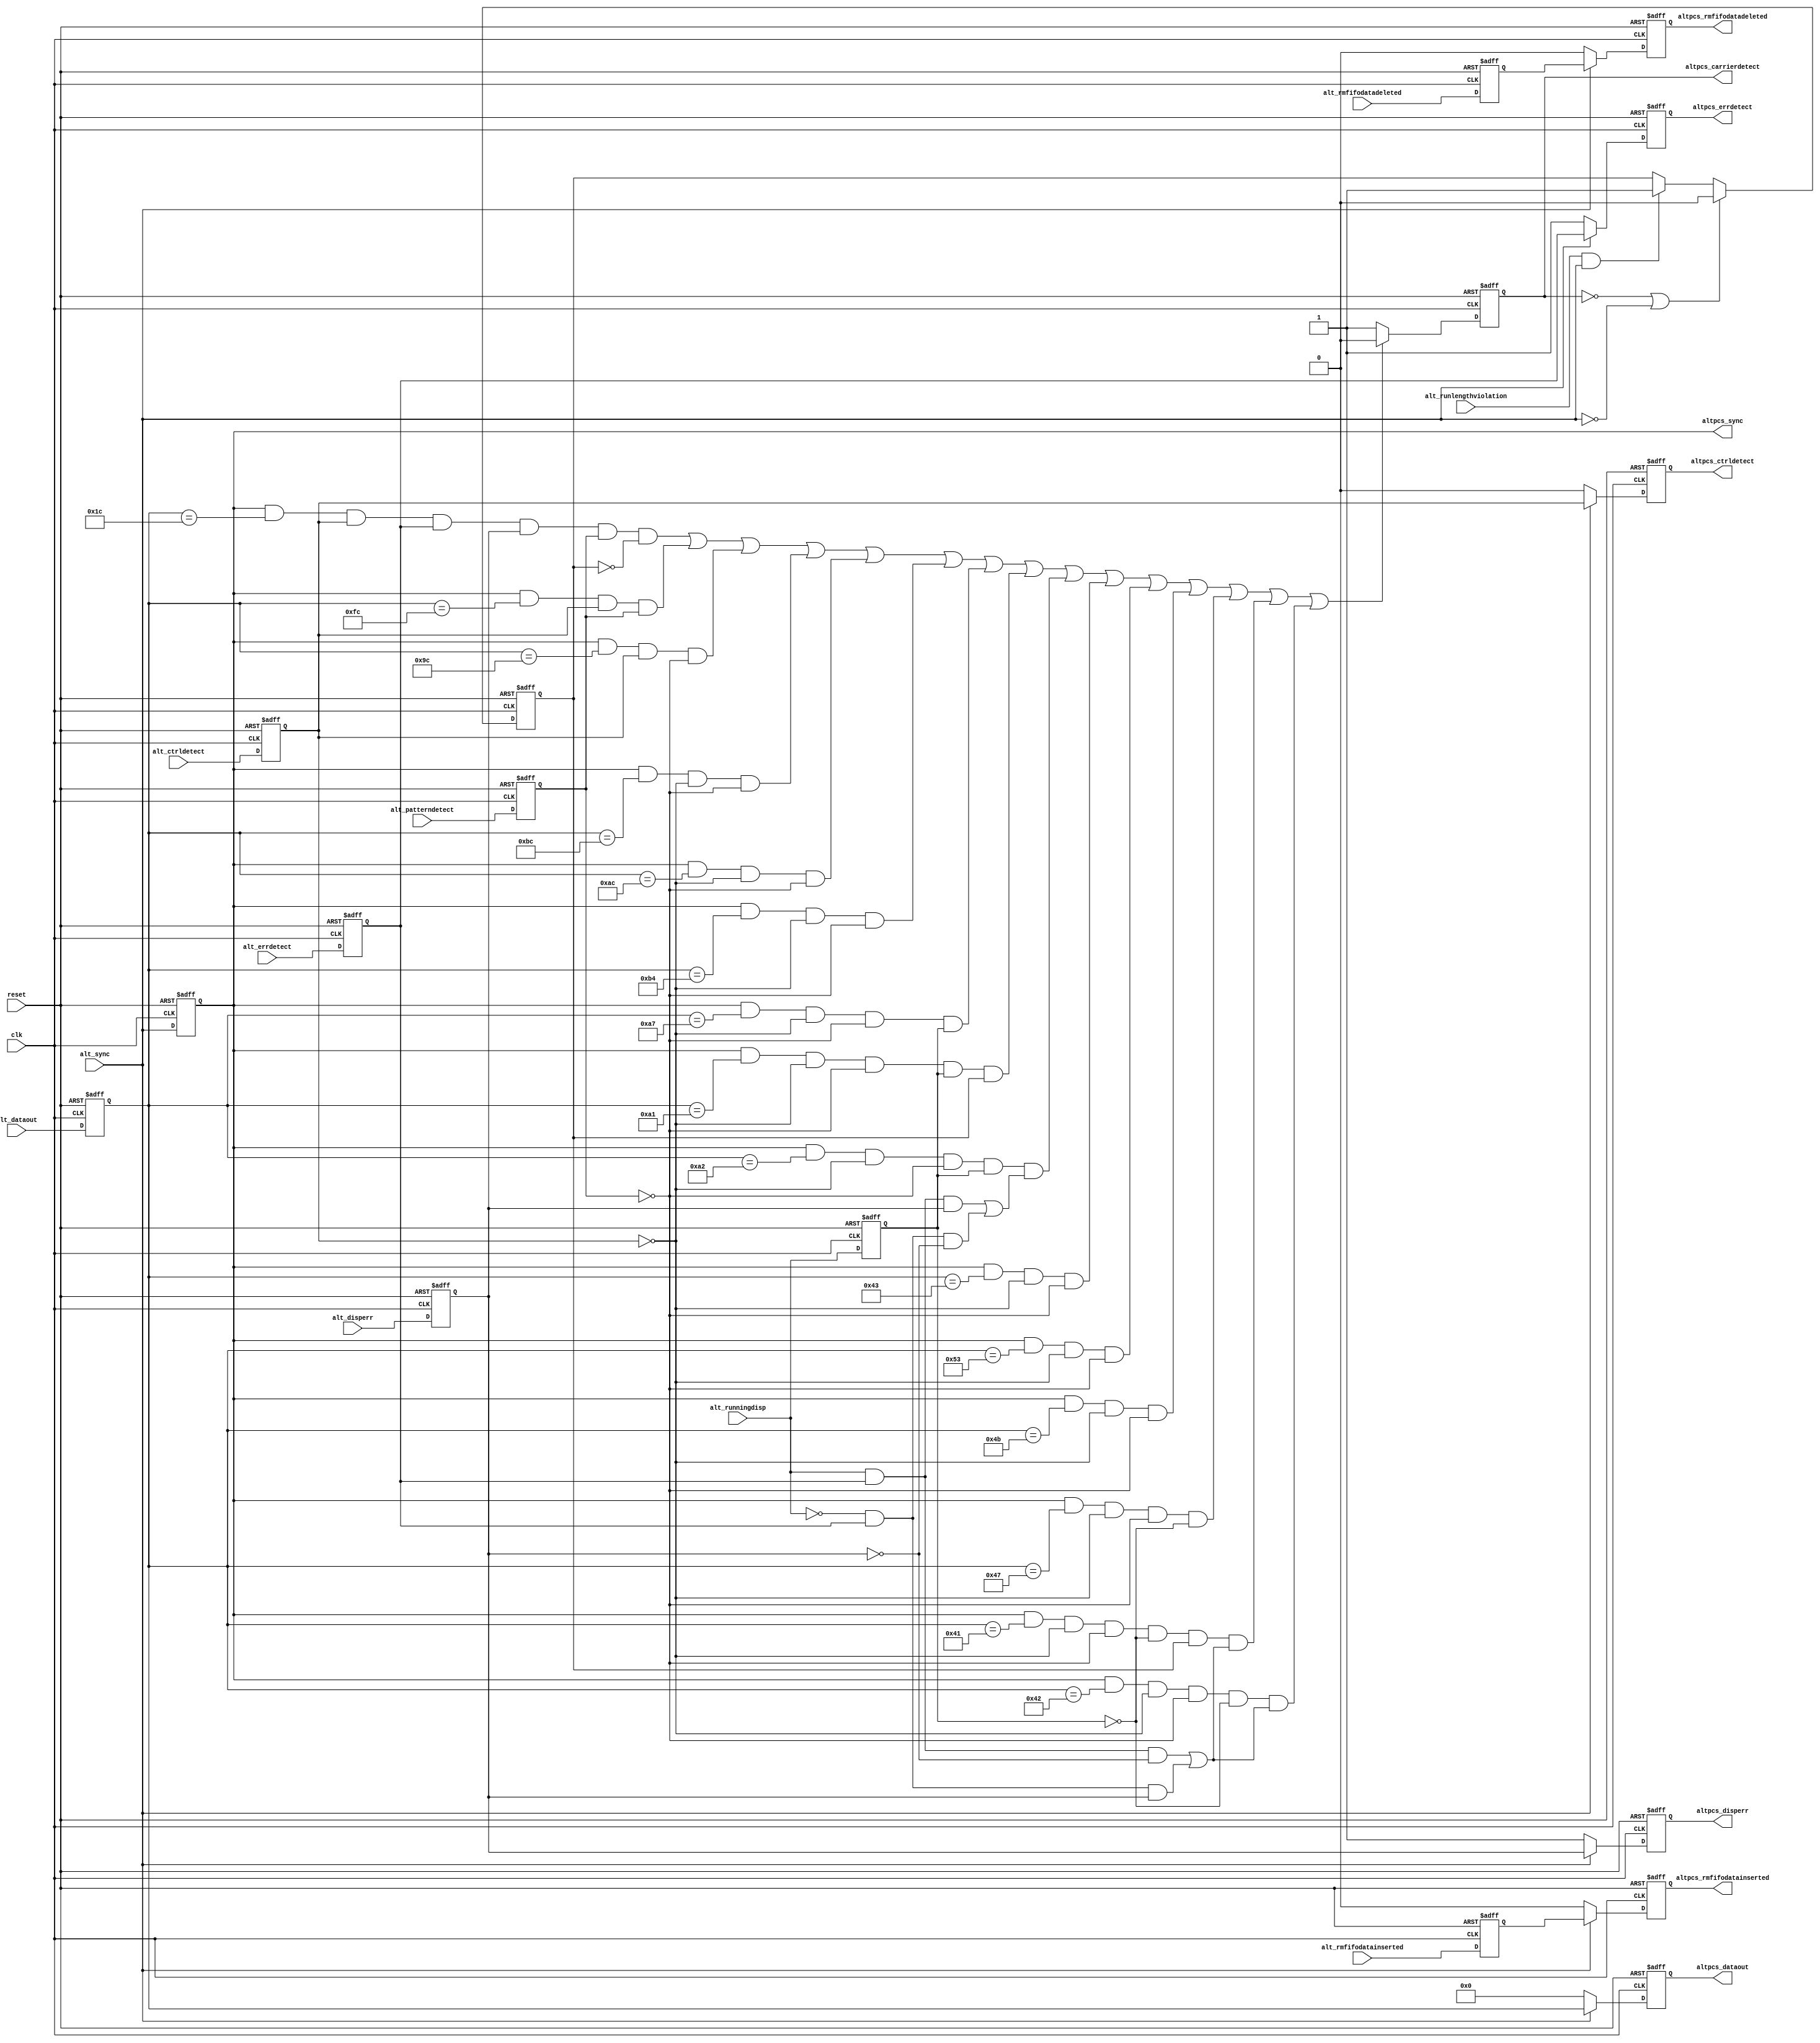
// -------------------------------------------------------------------------
// -------------------------------------------------------------------------
//
// Revision Control Information
//
// $RCSfile: altera_tse_alt2gxb_aligned_rxsync.v,v $
// $Source: /ipbu/cvs/sio/projects/TriSpeedEthernet/src/RTL/strxii_pcs/verilog/altera_tse_alt2gxb_aligned_rxsync.v,v $
//
// $Revision: #1 $
// $Date: 2010/01/07 $
// Check in by : $Author: max $
//
// Project     : Triple Speed Ethernet - 1000 BASE-X PCS
//
// Description : 
//
// RX_SYNC alignment for Alt2gxb, Alt4gxb

// 
// ALTERA Confidential and Proprietary
// Copyright 2007 (c) Altera Corporation
// All rights reserved
//
// -------------------------------------------------------------------------
// -------------------------------------------------------------------------

module altera_tse_gxb_aligned_rxsync (

  input clk,
  input reset,

  input [7:0] alt_dataout,
  input alt_sync,
  input alt_disperr,
  input alt_ctrldetect,
  input alt_errdetect,
  input alt_rmfifodatadeleted,
  input alt_rmfifodatainserted,
  input alt_runlengthviolation,
  input alt_patterndetect,
  input alt_runningdisp,

  output reg [7:0] altpcs_dataout,
  output altpcs_sync,
  output reg altpcs_disperr,
  output reg altpcs_ctrldetect,
  output reg altpcs_errdetect,
  output reg altpcs_rmfifodatadeleted,
  output reg altpcs_rmfifodatainserted,
  output reg altpcs_carrierdetect) ;
  parameter DEVICE_FAMILY         = "ARRIAGX";    //  The device family the the core is targetted for. 

  //-------------------------------------------------------------------------------
  // intermediate wires


  //reg altpcs_dataout

  // pipelined 1
  reg [7:0] alt_dataout_reg1;
  reg alt_sync_reg1;
  reg alt_sync_reg2;
  reg alt_disperr_reg1;
  reg alt_ctrldetect_reg1;
  reg alt_errdetect_reg1;
  reg alt_rmfifodatadeleted_reg1;
  reg alt_rmfifodatainserted_reg1;
  reg alt_patterndetect_reg1;
  reg alt_runningdisp_reg1;
  reg alt_runlengthviolation_latched;
  //-------------------------------------------------------------------------------


  always @(posedge reset or posedge clk)
    begin
        if (reset == 1'b1)
            begin
                // pipelined 1
                alt_dataout_reg1            <= 8'h0;
                alt_sync_reg1               <= 1'b0;
                alt_disperr_reg1            <= 1'b0;
                alt_ctrldetect_reg1         <= 1'b0;
                alt_errdetect_reg1          <= 1'b0;
                alt_rmfifodatadeleted_reg1  <= 1'b0;
                alt_rmfifodatainserted_reg1 <= 1'b0;
                alt_patterndetect_reg1      <= 1'b0;
                alt_runningdisp_reg1        <= 1'b0;
            end
        else
            begin
                // pipelined 1
                alt_dataout_reg1            <= alt_dataout;
                alt_sync_reg1               <= alt_sync;
                alt_disperr_reg1            <= alt_disperr;
                alt_ctrldetect_reg1         <= alt_ctrldetect;
                alt_errdetect_reg1          <= alt_errdetect;
                alt_rmfifodatadeleted_reg1  <= alt_rmfifodatadeleted;
                alt_rmfifodatainserted_reg1 <= alt_rmfifodatainserted;
                alt_patterndetect_reg1      <= alt_patterndetect;
                alt_runningdisp_reg1        <= alt_runningdisp;
            end
    
    end 
	
generate if ( DEVICE_FAMILY == "STRATIXIIGX" || DEVICE_FAMILY == "ARRIAGX")
begin          
		always @ (posedge reset or posedge clk)
		begin
		 if (reset == 1'b1)
			begin
				altpcs_dataout              <= 8'h0;
				altpcs_disperr              <= 1'b1;
				altpcs_ctrldetect           <= 1'b0;
				altpcs_errdetect            <= 1'b1;
				altpcs_rmfifodatadeleted    <= 1'b0;
				altpcs_rmfifodatainserted   <= 1'b0;
			end
		 else
			begin
			   if (alt_sync == 1'b1 )
				 begin      
					altpcs_dataout              <= alt_dataout_reg1;
					altpcs_disperr              <= alt_disperr_reg1;
					altpcs_ctrldetect           <= alt_ctrldetect_reg1;
					altpcs_errdetect            <= alt_errdetect_reg1;
					altpcs_rmfifodatadeleted    <= alt_rmfifodatadeleted_reg1;
					altpcs_rmfifodatainserted   <= alt_rmfifodatainserted_reg1;
				 end
			   else
				 begin
					altpcs_dataout              <= 8'h0;
					altpcs_disperr              <= 1'b1;
					altpcs_ctrldetect           <= 1'b0;
					altpcs_errdetect            <= 1'b1;
					altpcs_rmfifodatadeleted    <= 1'b0;
					altpcs_rmfifodatainserted   <= 1'b0;
				 end
			end
		end
		assign altpcs_sync              = alt_sync_reg1;	      
end
else if ( DEVICE_FAMILY == "STRATIXIV" || DEVICE_FAMILY == "ARRIAIIGX" || DEVICE_FAMILY == "CYCLONEIVGX")
begin
	always @ (posedge reset or posedge clk)
    begin
     if (reset == 1'b1)
        begin
            altpcs_dataout              <= 8'h0;
            altpcs_disperr              <= 1'b1;
            altpcs_ctrldetect           <= 1'b0;
            altpcs_errdetect            <= 1'b1;
            altpcs_rmfifodatadeleted    <= 1'b0;
            altpcs_rmfifodatainserted   <= 1'b0;
			alt_sync_reg2               <= 1'b0;
        end
     else
        begin     
                altpcs_dataout              <= alt_dataout_reg1;
                altpcs_disperr              <= alt_disperr_reg1;
                altpcs_ctrldetect           <= alt_ctrldetect_reg1;
                altpcs_errdetect            <= alt_errdetect_reg1;
                altpcs_rmfifodatadeleted    <= alt_rmfifodatadeleted_reg1;
                altpcs_rmfifodatainserted   <= alt_rmfifodatainserted_reg1;
				alt_sync_reg2               <= alt_sync_reg1 ;
        end

    end
	

    assign altpcs_sync              = alt_sync_reg2;
end      
endgenerate




      
   //latched runlength violation assertion for "carrier_detect" signal generation block
   //reset the latch value after carrier_detect goes de-asserted
//   always @ (altpcs_carrierdetect or alt_runlengthviolation or alt_sync_reg1)
//    begin
//       if (altpcs_carrierdetect == 1'b0)
//        begin
//           alt_runlengthviolation_latched <= 1'b0;
//        end 
//       else
//        begin 
//           if (alt_runlengthviolation == 1'b1 & alt_sync_reg1 == 1'b1)
//            begin
//               alt_runlengthviolation_latched <= 1'b1;
//            end
//        end       
//    end
  

//    always @ (posedge reset or posedge clk)
//     begin
//      if (reset == 1'b1)
//         begin
//             alt_runlengthviolation_latched_reg <= 1'b0;
//         end
//      else
//         begin
//             alt_runlengthviolation_latched_reg <= alt_runlengthviolation_latched;
//         end
//     end

    always @ (posedge reset or posedge clk)
     begin
      if (reset == 1'b1)
         begin
             alt_runlengthviolation_latched <= 1'b0;
         end
      else
       begin
           if ((altpcs_carrierdetect == 1'b0) | (alt_sync == 1'b0))
            begin
               alt_runlengthviolation_latched <= 1'b0;
            end 
           else
            begin 
               if ((alt_runlengthviolation == 1'b1) & (alt_sync == 1'b1))
                begin
                   alt_runlengthviolation_latched <= 1'b1;
                end
            end       
       end
     end


   // carrier_detect signal generation
   always @ (posedge reset or posedge clk)
    begin
     if (reset == 1'b1)
        begin
            altpcs_carrierdetect <= 1'b1;
        end
     else
        begin
           if (  (alt_sync_reg1 == 1'b1 & alt_dataout_reg1 == 8'h1C & alt_ctrldetect_reg1 == 1'b1 & alt_errdetect_reg1 == 1'b1  
                    & alt_disperr_reg1 ==1'b1 & alt_patterndetect_reg1 == 1'b1 & alt_runlengthviolation_latched == 1'b0                 ) |
                 (alt_sync_reg1 == 1'b1 & alt_dataout_reg1 == 8'hFC & alt_ctrldetect_reg1 == 1'b1 & alt_patterndetect_reg1 == 1'b1      ) |
                 (alt_sync_reg1 == 1'b1 & alt_dataout_reg1 == 8'h9C & alt_ctrldetect_reg1 == 1'b1 & alt_patterndetect_reg1 == 1'b0      ) |
                 (alt_sync_reg1 == 1'b1 & alt_dataout_reg1 == 8'hBC & alt_ctrldetect_reg1 == 1'b0 & alt_patterndetect_reg1 == 1'b0      ) |
                 (alt_sync_reg1 == 1'b1 & alt_dataout_reg1 == 8'hAC & alt_ctrldetect_reg1 == 1'b0 & alt_patterndetect_reg1 == 1'b0      ) |
                 (alt_sync_reg1 == 1'b1 & alt_dataout_reg1 == 8'hB4 & alt_ctrldetect_reg1 == 1'b0 & alt_patterndetect_reg1 == 1'b0      ) |
                 (alt_sync_reg1 == 1'b1 & alt_dataout_reg1 == 8'hA7 & alt_ctrldetect_reg1 == 1'b0 & alt_patterndetect_reg1 == 1'b0 
                    & alt_runningdisp_reg1 == 1'b1                                                                                      ) |
                 (alt_sync_reg1 == 1'b1 & alt_dataout_reg1 == 8'hA1 & alt_ctrldetect_reg1 == 1'b0 & alt_patterndetect_reg1 == 1'b0 
                    & alt_runningdisp_reg1 == 1'b1 & alt_runlengthviolation_latched == 1'b1                                             ) |
                 (alt_sync_reg1 == 1'b1 & alt_dataout_reg1 == 8'hA2 & alt_ctrldetect_reg1 == 1'b0 & alt_patterndetect_reg1 == 1'b0 
                   & alt_runningdisp_reg1 == 1'b1  
                   & ((alt_runningdisp == 1'b1 & alt_errdetect_reg1 == 1'b1 & alt_disperr_reg1 == 1'b1)|                                                                                
                      (alt_runningdisp == 1'b0 & alt_errdetect_reg1 == 1'b1 & alt_disperr_reg1 == 1'b0 ))                               ) |

                 (alt_sync_reg1 == 1'b1 & alt_dataout_reg1 == 8'h43 & alt_ctrldetect_reg1 == 1'b0 & alt_patterndetect_reg1 == 1'b0      ) |
                 (alt_sync_reg1 == 1'b1 & alt_dataout_reg1 == 8'h53 & alt_ctrldetect_reg1 == 1'b0 & alt_patterndetect_reg1 == 1'b0      ) |
                 (alt_sync_reg1 == 1'b1 & alt_dataout_reg1 == 8'h4B & alt_ctrldetect_reg1 == 1'b0 & alt_patterndetect_reg1 == 1'b0      ) |
                 (alt_sync_reg1 == 1'b1 & alt_dataout_reg1 == 8'h47 & alt_ctrldetect_reg1 == 1'b0 & alt_patterndetect_reg1 == 1'b0
                   & alt_runningdisp_reg1 == 1'b0                                                                                       ) |
                 (alt_sync_reg1 == 1'b1 & alt_dataout_reg1 == 8'h41 & alt_ctrldetect_reg1 == 1'b0 & alt_patterndetect_reg1 == 1'b0
                   & alt_runningdisp_reg1 == 1'b0 & alt_runlengthviolation_latched == 1'b1 
                   & ((alt_runningdisp == 1'b1 & alt_errdetect_reg1 == 1'b1 & alt_disperr_reg1 == 1'b0)|                                                                                
                      (alt_runningdisp == 1'b0 & alt_errdetect_reg1 == 1'b1 & alt_disperr_reg1 == 1'b1 ))                               ) |
                 (alt_sync_reg1 == 1'b1 & alt_dataout_reg1 == 8'h42 & alt_ctrldetect_reg1 == 1'b0 & alt_patterndetect_reg1 == 1'b0
                   & alt_runningdisp_reg1 == 1'b0 & ((alt_runningdisp == 1'b1 & alt_errdetect_reg1 == 1'b1 & alt_disperr_reg1 == 1'b0)|
                                                     (alt_runningdisp == 1'b0 & alt_errdetect_reg1 == 1'b1 & alt_disperr_reg1 == 1'b1)) )  
              )

             begin      
                altpcs_carrierdetect              <= 1'b0;
             end
           else
             begin
                altpcs_carrierdetect              <= 1'b1;
             end
        end

    end




endmodule